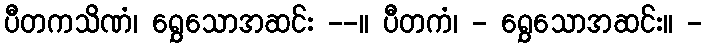
ပီတကသိဏံ၊ ရွှေသောအဆင်း --။ ပီတကံ၊ - ရွှေသောအဆင်း။ -